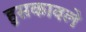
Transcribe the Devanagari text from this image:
हुसकावले